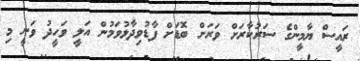
ރަައީސް ޔާމީންގެ ސަަރުކާރަށް ވަރަށް ބޮޑަށް ފާޑުވިދާޅުވަމުން އަލީ ވަހީދު ވަނީ މި